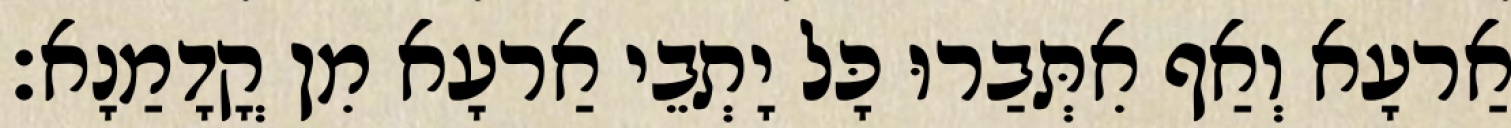
אַרעָא וְאַף אִתְּבַרוּ כָּל יָתְבֵי אַרעָא מִן קֳדָמַנָא׃